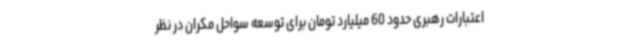
اعتبارات رهبری حدود 60 میلیارد تومان برای توسعه سواحل مکران در نظر